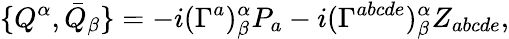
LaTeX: \{ Q^{\alpha},\bar{Q}_{\beta}\} =-i(\Gamma^{a})_{\beta}^{\alpha}P_{a}-i(\Gamma^{abcde})_{\beta}^{\alpha}Z_{abcde},